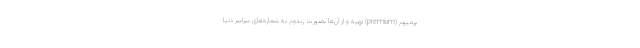
پرمیوم (premium) تهیه ‌و از آن‌ها بصورت رندوم به شماره‌های سراسر دنیا